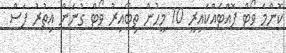
ކޮންމެ ވޯޓް ފޮއްޓެއްކައިރީ 10 މީހުން ތިބޭއިރު ވޯޓް ގުނަން އިތުރު ފަސް